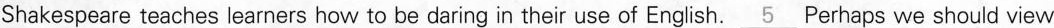
Shakespeare teaches learners how to be daring in their use of English. \underline{5} Perhaps we should view